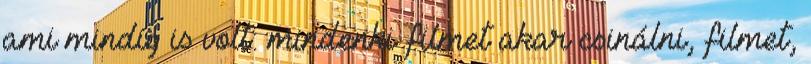
ami mindig is volt: mindenki filmet akar csinálni, filmet,